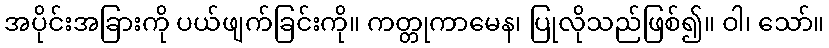
အပိုင်းအခြားကို ပယ်ဖျက်ခြင်းကို။ ကတ္တုကာမေန၊ ပြုလိုသည်ဖြစ်၍။ ဝါ၊ သော်။